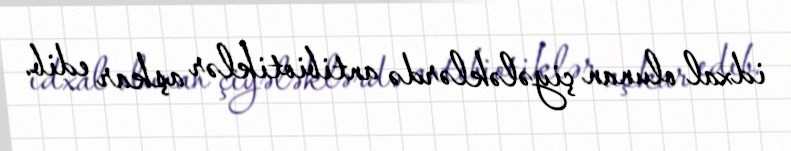
idxal olunan çiyələklərdə antibiotiklər aşkar edib.